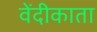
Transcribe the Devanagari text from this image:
वेंदीकाता